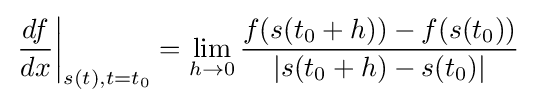
\left.{\frac {df}{dx}}\right|_{s(t),t=t_{0}}=\lim _{h\to 0}{\frac {f(s(t_{0}+h))-f(s(t_{0}))}{|s(t_{0}+h)-s(t_{0})|}}